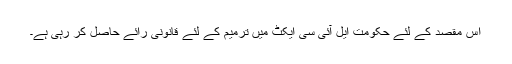
اس مقصد کے لئے حکومت ایل آئی سی ایکٹ میں ترمیم کے لئے قانونی رائے حاصل کر رہی ہے۔